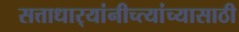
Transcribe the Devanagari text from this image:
सत्ताधार्‍यांनीच्त्यांच्यासाठी